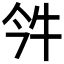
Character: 𤘨